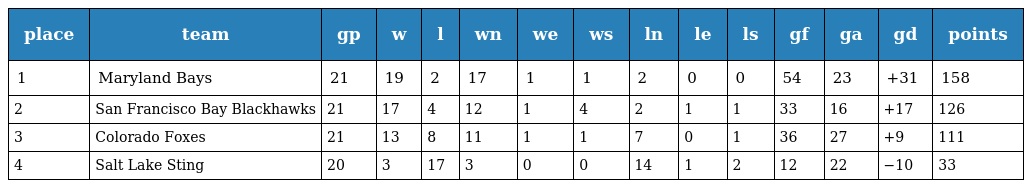
| place | team | gp | w | l | wn | we | ws | ln | le | ls | gf | ga | gd | points |
 | --- | --- | --- | --- | --- | --- | --- | --- | --- | --- | --- | --- | --- | --- | --- |
 | 1 | Maryland Bays | 21 | 19 | 2 | 17 | 1 | 1 | 2 | 0 | 0 | 54 | 23 | +31 | 158 |
 | 2 | San Francisco Bay Blackhawks | 21 | 17 | 4 | 12 | 1 | 4 | 2 | 1 | 1 | 33 | 16 | +17 | 126 |
 | 3 | Colorado Foxes | 21 | 13 | 8 | 11 | 1 | 1 | 7 | 0 | 1 | 36 | 27 | +9 | 111 |
 | 4 | Salt Lake Sting | 20 | 3 | 17 | 3 | 0 | 0 | 14 | 1 | 2 | 12 | 22 | −10 | 33 |